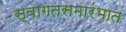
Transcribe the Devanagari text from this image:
स्वागतसमारंभात